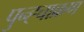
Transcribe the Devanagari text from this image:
पुन्ह्चाक्रण